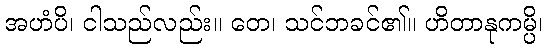
အဟံပိ၊ ငါသည်လည်း။ တေ၊ သင်ဘခင်၏။ ဟိတာနုကမ္ပိ၊